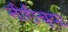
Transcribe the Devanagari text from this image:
नीरीच्या